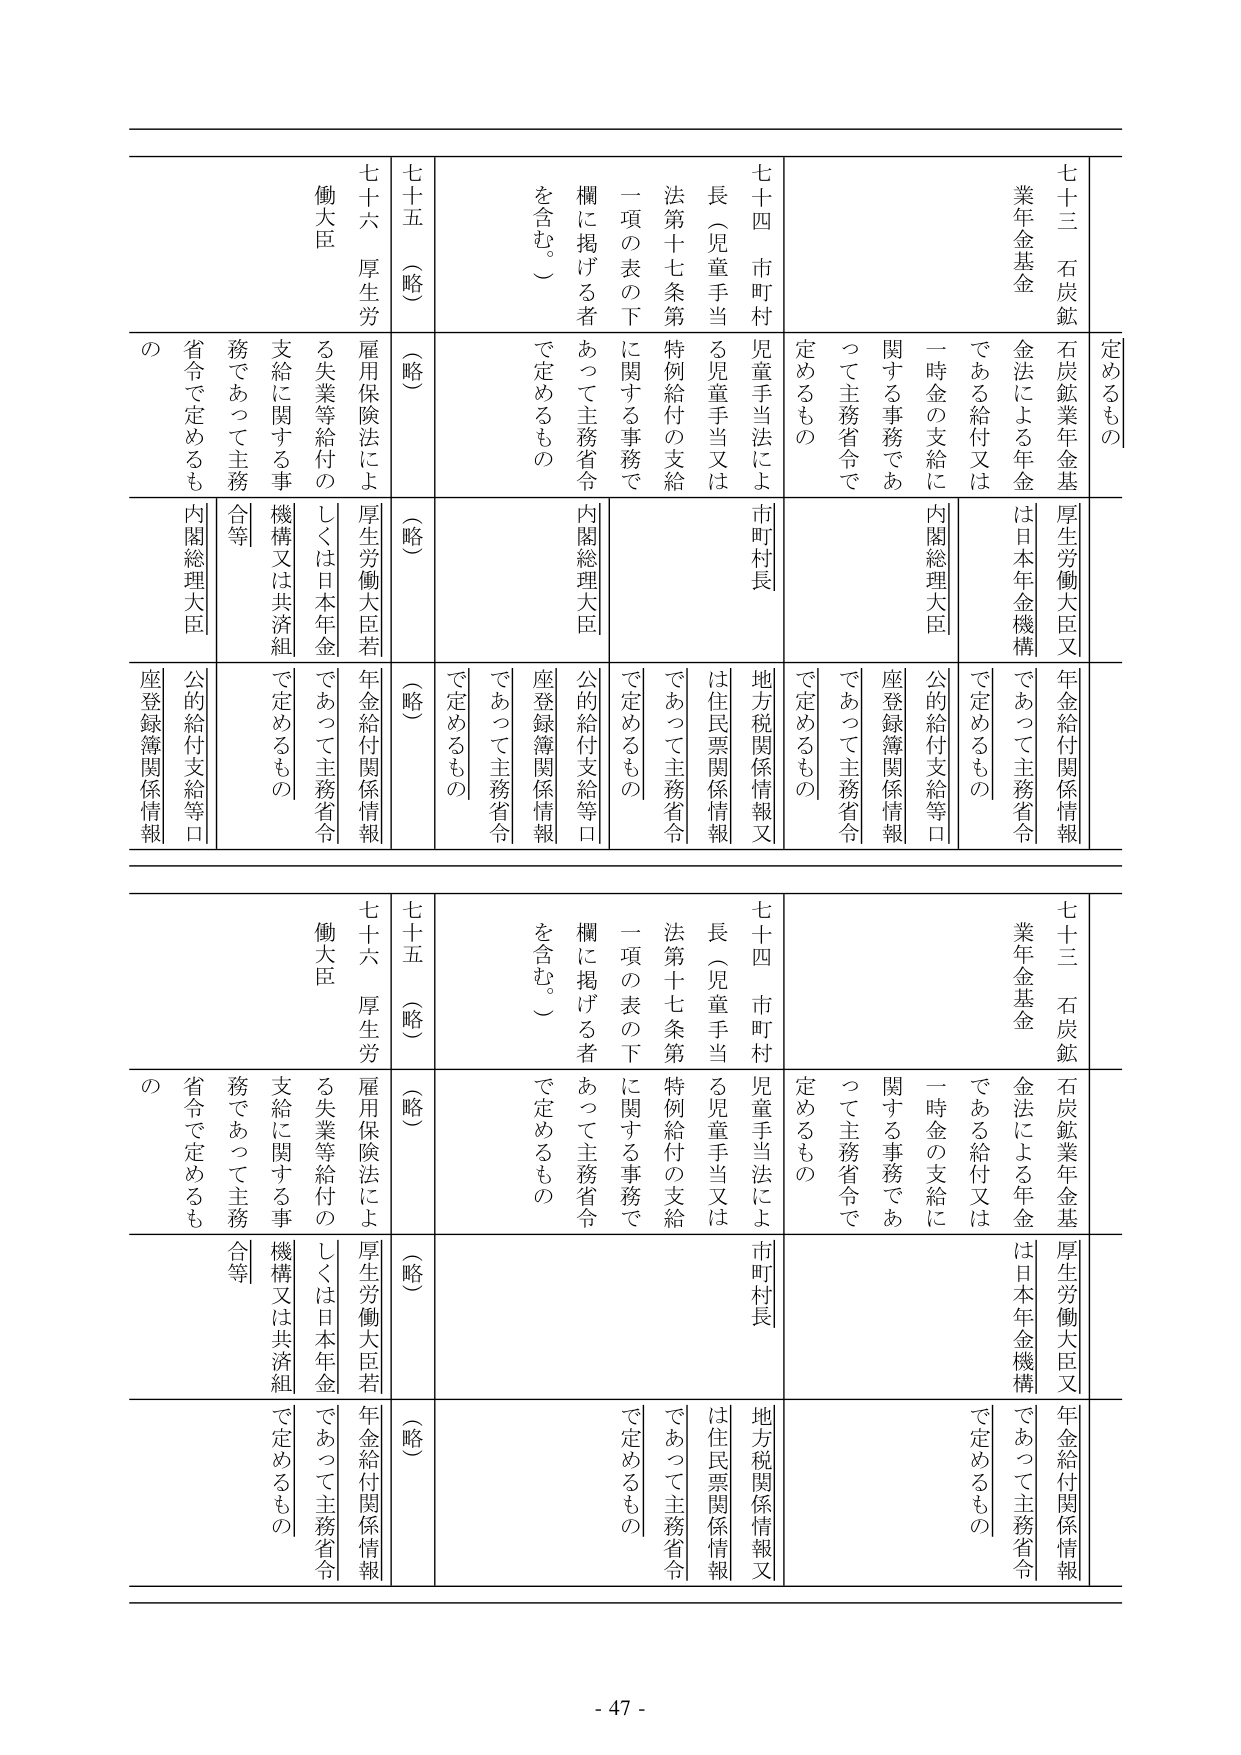
定めるもの
七十三 石炭鉱
石炭鉱業年金基金法による年金
である給付又は
一時金の支給に関する事務であつて主務省令で
定めるもの
七十四 市町村
児童手当法による児童手当又は
法第十七条第一項の表の下に掲げる者
に関する事務であつて主務省令で定めるもの
七十五 （略）
（略）
七十六 厚生労働大臣
雇用保険法による失業等給付の支給に関する事務であつて主務省令で定めるもの
厚生労働大臣又は日本年金機構又は共済組合等
内閣総理大臣
公的給付支給等口座登録簿関係情報
年金給付関係情報
は日本年金機構であつて主務省令で定めるもの
市町村長
地方税関係情報又は住民票関係情報
であつて主務省令で定めるもの
内閣総理大臣
公的給付支給等口座登録簿関係情報
であつて主務省令で定めるもの
（略）
（略）
年金給付関係情報
であつて主務省令で定めるもの
- 47 -